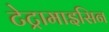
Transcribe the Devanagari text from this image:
टेट्रामाइसिन